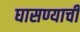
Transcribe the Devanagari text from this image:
घासण्याची